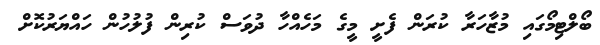
ބޯލްޓިމޯގައި މުޒާހަރާ ކުރަން ފެށީ މީގެ މަހެއްހާ ދުވަސް ކުރިން ފުލުހުން ހައްޔަރުކޮށް